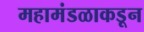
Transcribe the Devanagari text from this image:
महामंडळाकडून